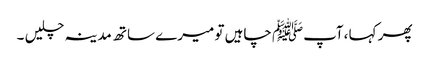
پھر کہا ،آپﷺ چاہیں تو میرے ساتھ مدینہ چلیں ۔